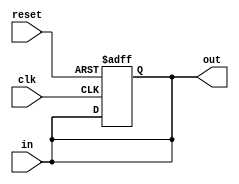
module delay_block #(
    parameter DELAY = 10  // Default delay in time units (e.g., nanoseconds)
)(
    input wire clk,        // Clock input for sequential logic
    input wire reset,      // Asynchronous reset
    input wire [3:0] in,   // 4-bit input signal
    output reg [3:0] out   // 4-bit output signal
);

// Combinatorial delay for the 'in' signal
always @(*) begin
    out = in;             // Hold the input value temporarily
    #DELAY;              // Apply the specified delay
end

// Sequential logic with delay
always @(posedge clk or posedge reset) begin
    if (reset) begin
        out <= 4'b0000;  // Reset the output to zero
    end else begin
        // Update output with the delayed input value
        out <= in;       // Schedule the output update
        #DELAY;         // Delay the output change
    end
end

endmodule